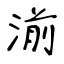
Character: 湔